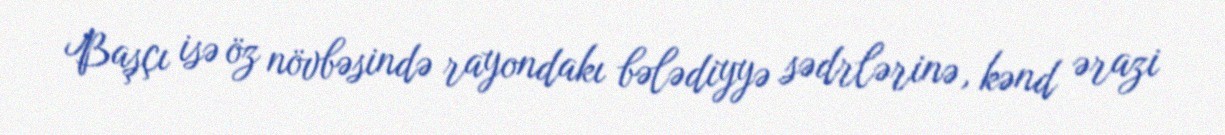
Başçı isə öz növbəsində rayondakı bələdiyyə sədrlərinə, kənd ərazi